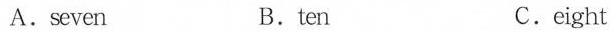
A.seven B.ten C.eight